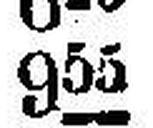
955